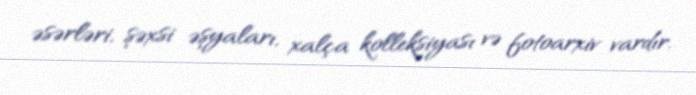
əsərləri, şəxsi əşyaları, xalça kolleksiyası və fotoarxiv vardır.